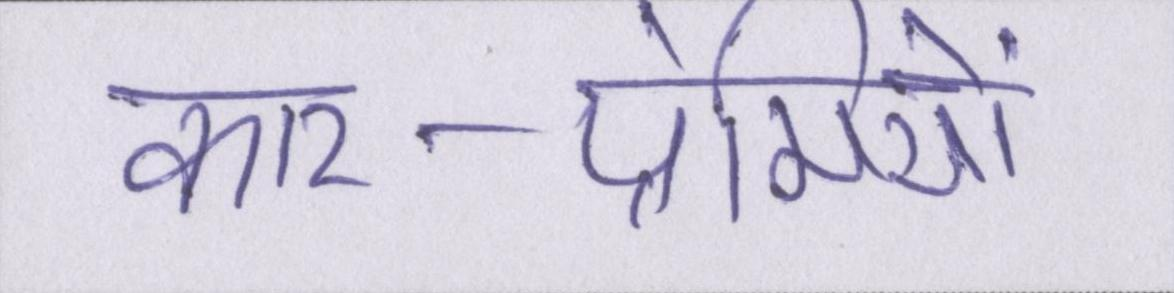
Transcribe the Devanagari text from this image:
कार-प्रेमियों